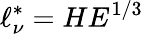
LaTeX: \ell_{\nu}^{*}=HE^{1/3}